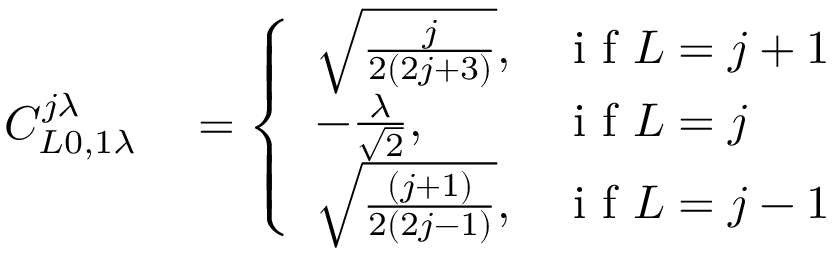
\begin{array} { r l } { C _ { L 0 , 1 \lambda } ^ { j \lambda } } & { { } = \left\{ \begin{array} { l l } { \sqrt { \frac { j } { 2 ( 2 j + 3 ) } } , } & { \mathrm { ~ i ~ f ~ } L = j + 1 } \\ { - \frac { \lambda } { \sqrt { 2 } } , } & { \mathrm { ~ i ~ f ~ } L = j } \\ { \sqrt { \frac { ( j + 1 ) } { 2 ( 2 j - 1 ) } } , } & { \mathrm { ~ i ~ f ~ } L = j - 1 } \end{array} \right. } \end{array}